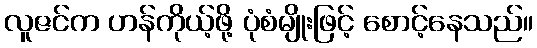
လူဇင်က ဟန်ကိုယ့်ဖို့ ပုံစံမျိုးဖြင့် စောင့်နေသည်။